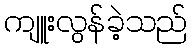
ကျူးလွန်ခဲ့သည်